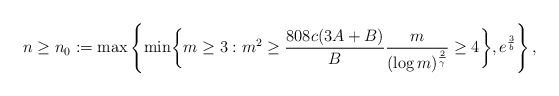
\begin{align*}n \geq n_0 := \max \left\{ \min \biggl\{ m \geq 3 : m^2 \geq \frac{808 c (3A + B)}{B} \frac{m}{(\log m)^{\frac{2}{\gamma}}} \geq 4 \biggr\},e^{\frac{3}{b}} \right\},\end{align*}